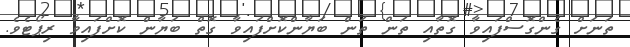
ތަނަށް ގެންގޮސްފައިވާ ގޮތާއި ތަން ތަން ބަޔާންކޮށްފައިވާ ގޮތް ބަޔާން ކޮށްފައިވާ ރިޕޯޓެވެ.